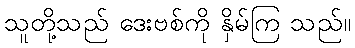
သူတို့သည် ဒေးဗစ်ကို နှိမ်ကြ သည်။